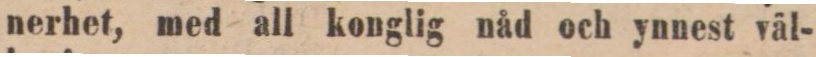
nerhet, med all konglig nåd och ynnest väl-